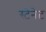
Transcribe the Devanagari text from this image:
स्टेनेट